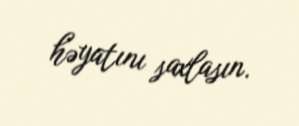
həyatını saxlasın.